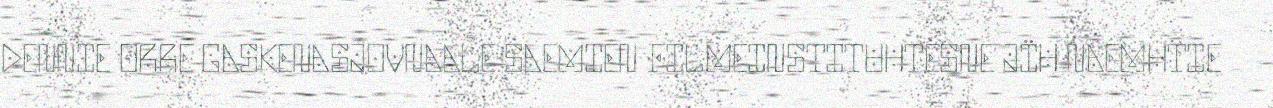
DENNIE ORRE GASKENASJOVNAALE SAEMIEN FILMEINSTITUHTESNE JÏH NAEMHTIE